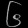
Digit: ၆